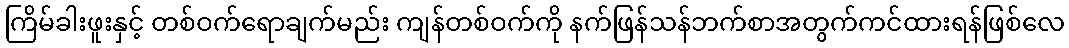
ကြိမ်ခါးဖူးနှင့် တစ်ဝက်ရောချက်မည်း ကျန်တစ်ဝက်ကို နက်ဖြန်သန်ဘက်စာအတွက်ကင်ထားရန်ဖြစ်လေ